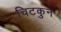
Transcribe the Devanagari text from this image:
चिटकुन